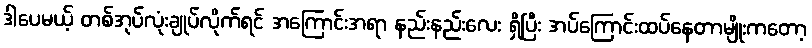
ဒါပေမယ့် တစ်အုပ်လုံးချုပ်လိုက်ရင် အကြောင်းအရာ နည်းနည်းလေး ရှိပြီး အပ်ကြောင်းထပ်နေတာမျိုးကတော့